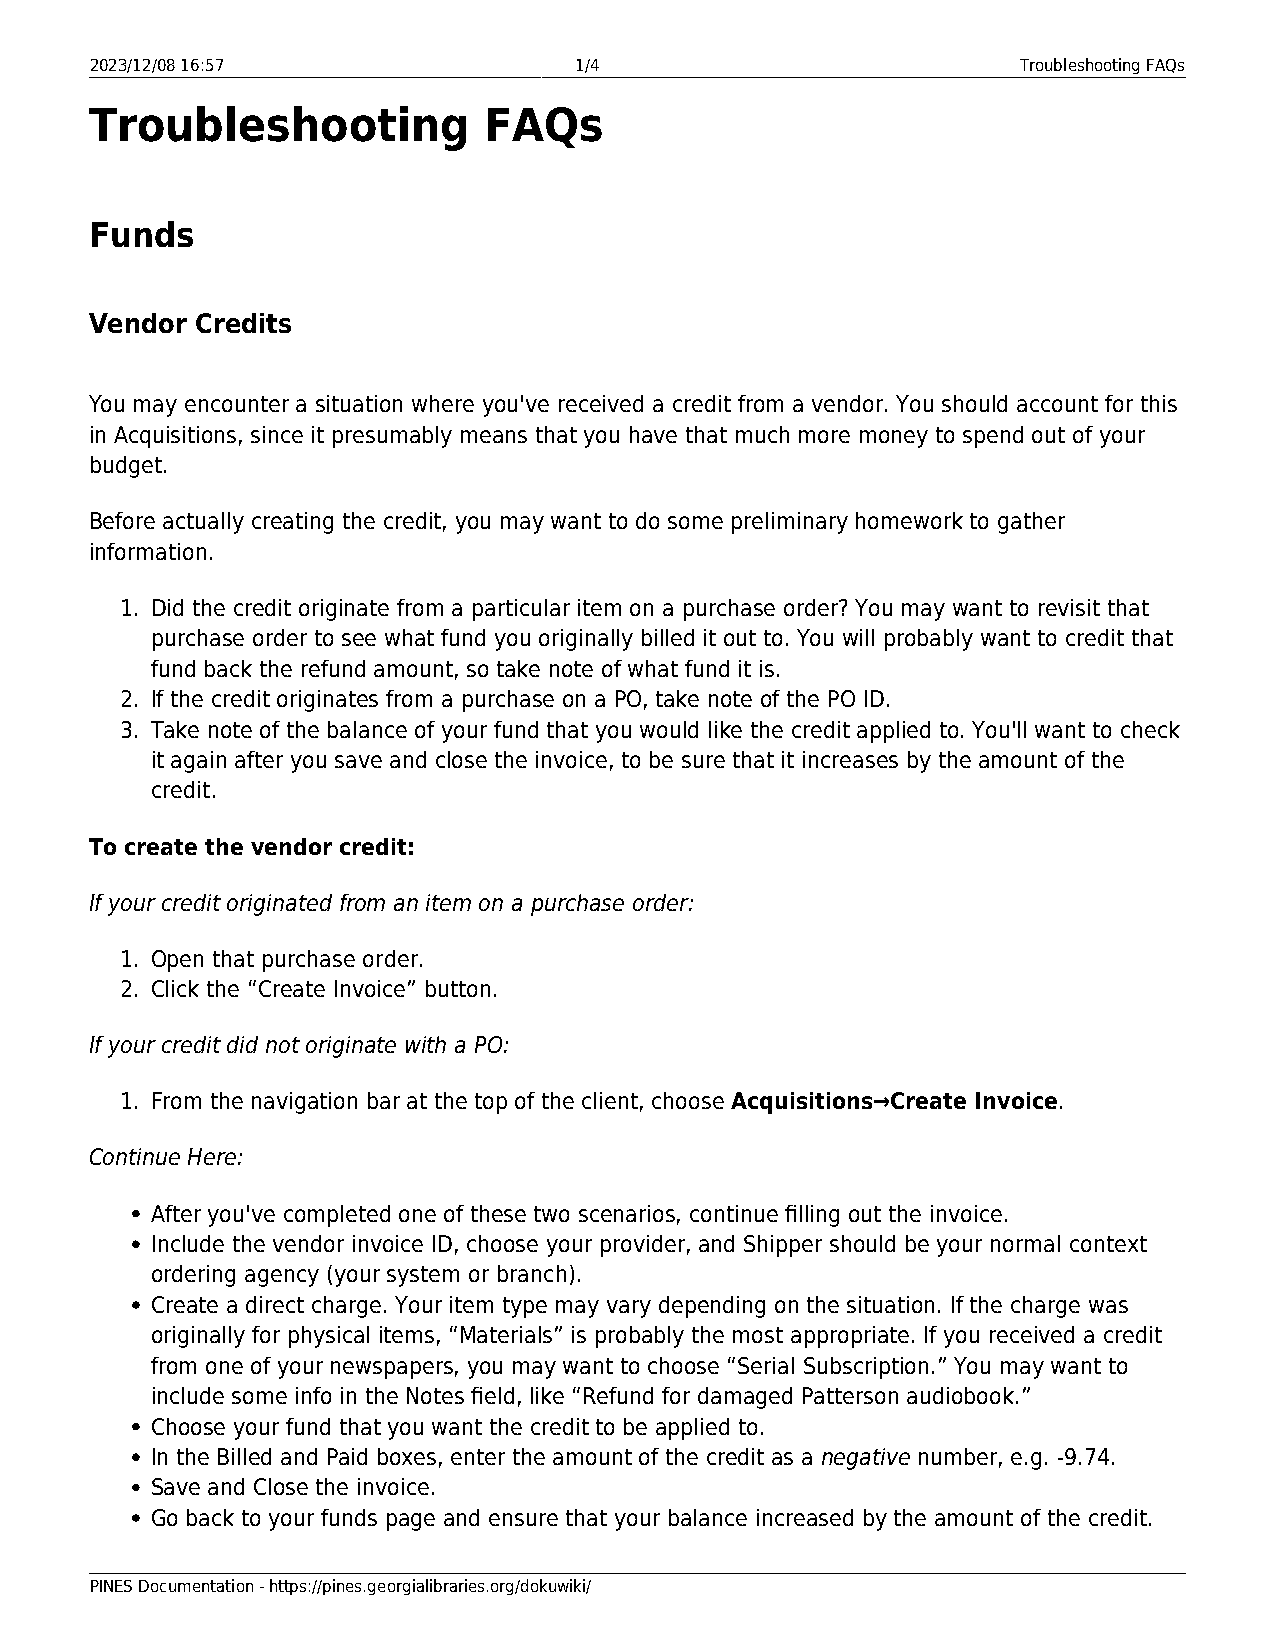
2023/12/08 16:57                1/4                           Troubleshooting FAQs
 Troubleshooting           FAQs
 Funds
 Vendor Credits
 You may encounter a situation where you've received a credit from a vendor. You should account for this
 in Acquisitions, since it presumably means that you have that much more money to spend out of your
 budget.
 Before actually creating the credit, you may want to do some preliminary homework to gather
 information.
 1. Did the credit originate from a particular item on a purchase order? You may want to revisit that
 purchase order to see what fund you originally billed it out to. You will probably want to credit that
 fund back the refund amount, so take note of what fund it is.
 2. If the credit originates from a purchase on a PO, take note of the PO ID.
 3. Take note of the balance of your fund that you would like the credit applied to. You'll want to check
 it again after you save and close the invoice, to be sure that it increases by the amount of the
 credit.
 To create the vendor credit:
 If your credit originated from an item on a purchase order:
 1. Open that purchase order.
 2. Click the “Create Invoice” button.
 If your credit did not originate with a PO:
 1. From the navigation bar at the top of the client, choose Acquisitions→Create Invoice.
 Continue Here:
 After you've completed one of these two scenarios, continue filling out the invoice.
 Include the vendor invoice ID, choose your provider, and Shipper should be your normal context
 ordering agency (your system or branch).
 Create a direct charge. Your item type may vary depending on the situation. If the charge was
 originally for physical items, “Materials” is probably the most appropriate. If you received a credit
 from one of your newspapers, you may want to choose “Serial Subscription.” You may want to
 include some info in the Notes field, like “Refund for damaged Patterson audiobook.”
 Choose your fund that you want the credit to be applied to.
 In the Billed and Paid boxes, enter the amount of the credit as a negative number, e.g. -9.74.
 Save and Close the invoice.
 Go back to your funds page and ensure that your balance increased by the amount of the credit.
 PINES Documentation - https://pines.georgialibraries.org/dokuwiki/